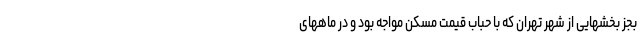
بجز بخشهایی از شهر تهران که با حباب قیمت مسکن مواجه بود و در ماههای